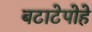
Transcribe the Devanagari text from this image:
बटाटेपोहे